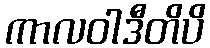
ကာလဝါဒီတိပိ